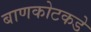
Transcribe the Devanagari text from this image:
बाणकोटकडे